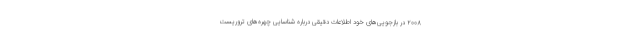
۲۰۰۸ در بازجویی‌های خود اطلاعات دقیقی درباره شناسایی چهره‌های تروریست